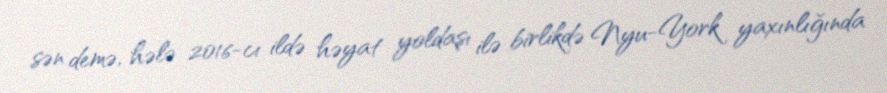
sən demə, hələ 2016-cı ildə həyat yoldaşı ilə birlikdə Nyu-York yaxınlığında